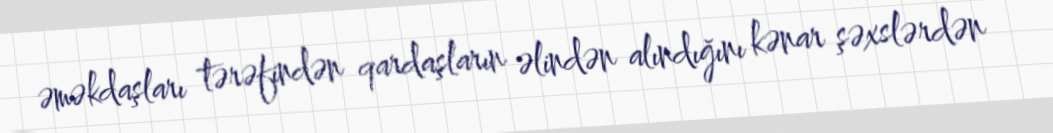
əməkdaşları tərəfindən qardaşların əlindən alındığını kənar şəxslərdən